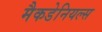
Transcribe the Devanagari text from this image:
मैकडेनियल्स